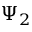
\Psi _ { 2 }